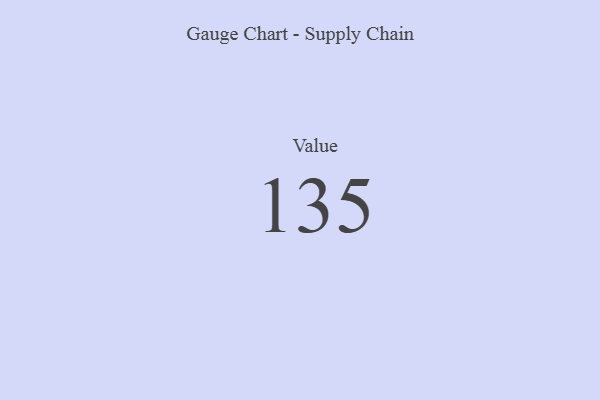
{"axis": {"x": "Metric", "y": "Value"}, "legend": [""], "data": [{"x": "Value", "y": 135, "type": ""}]}